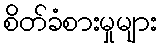
စိတ်ခံစားမှုများ